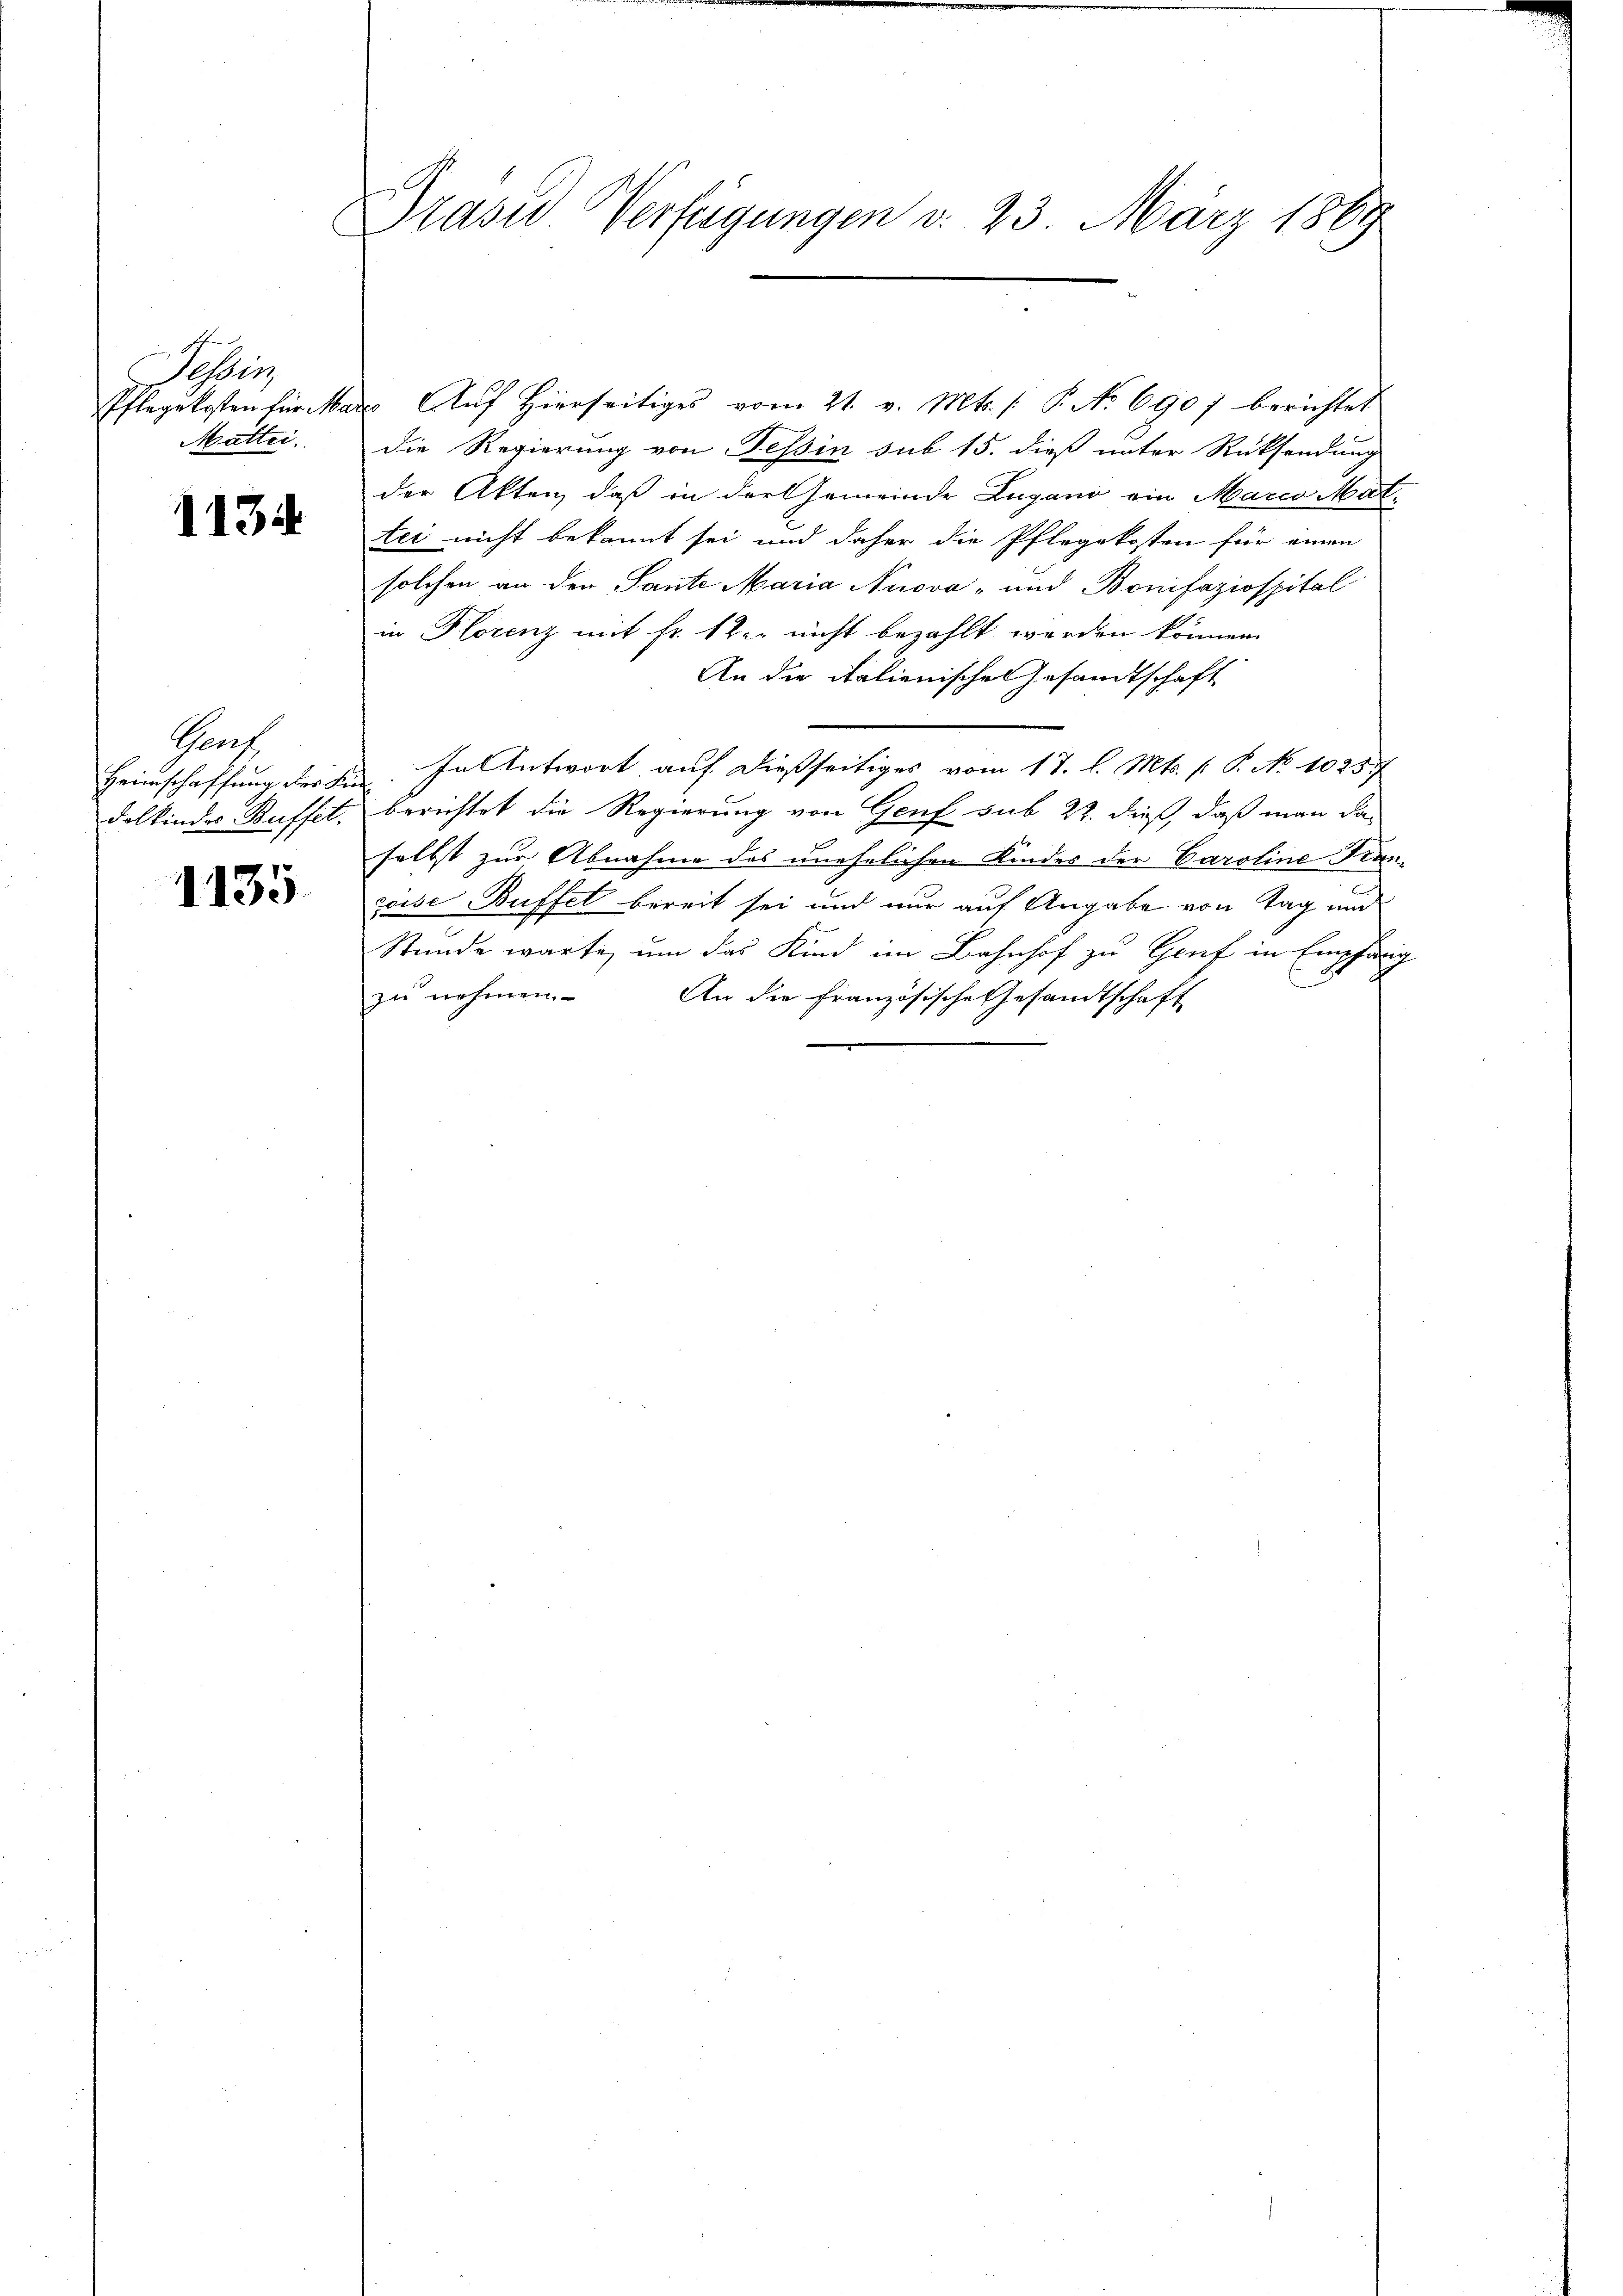
Schrei
Pflegekosten für Mar
Mattei

1134

Graf
Heimschaffung des Kin
delkindes Buffet.

1135

Prasis Verfügungen d. 23. März 1869

" Auf Hierseitiges vom 21. v. Mts. /: P. No 6907 berichtet
die Regierung von Tessin sub 15. dieß unter Rücksendung
der Akten, daß in der Gemeinde Lugano ein Marco Mattei nicht bekannt sei und daher die Pflegekosten für einen
solchen an den Sante Maria Nuova- und Bonifaziospital
in Florenz mit fr. 12 nicht bezahlt werden können.
An die italienischen Gesandtschaft
In Antwort auf dießseitiges vom 17. l. Mts. (: P. No 1025/
berichtet die Regierung von Genf sub 22. dieß, daß man das
selbst zur Abnahme des unehelichen Kindes der Caroline Franzoise Buffet bereit sei und nur auf Angabe von Tag und
Stunde warte, um das Kind im Bahnhof zu Genf in Empfäng
zu nehmen. An die Französische Gesandtschaft